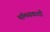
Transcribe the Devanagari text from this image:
थॉमसवादी